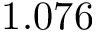
1 . 0 7 6